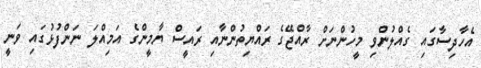
އެހާދިސާގައި ގެއްލުންވި މީހުންނަށް ރާއްޖޭގެ ރައްޔިތުންނާއި ރައީސް ޔާމީންގެ އަމިއްލަ ނަންފުޅުގައި ވަނީ